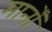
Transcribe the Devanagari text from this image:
मानोँ